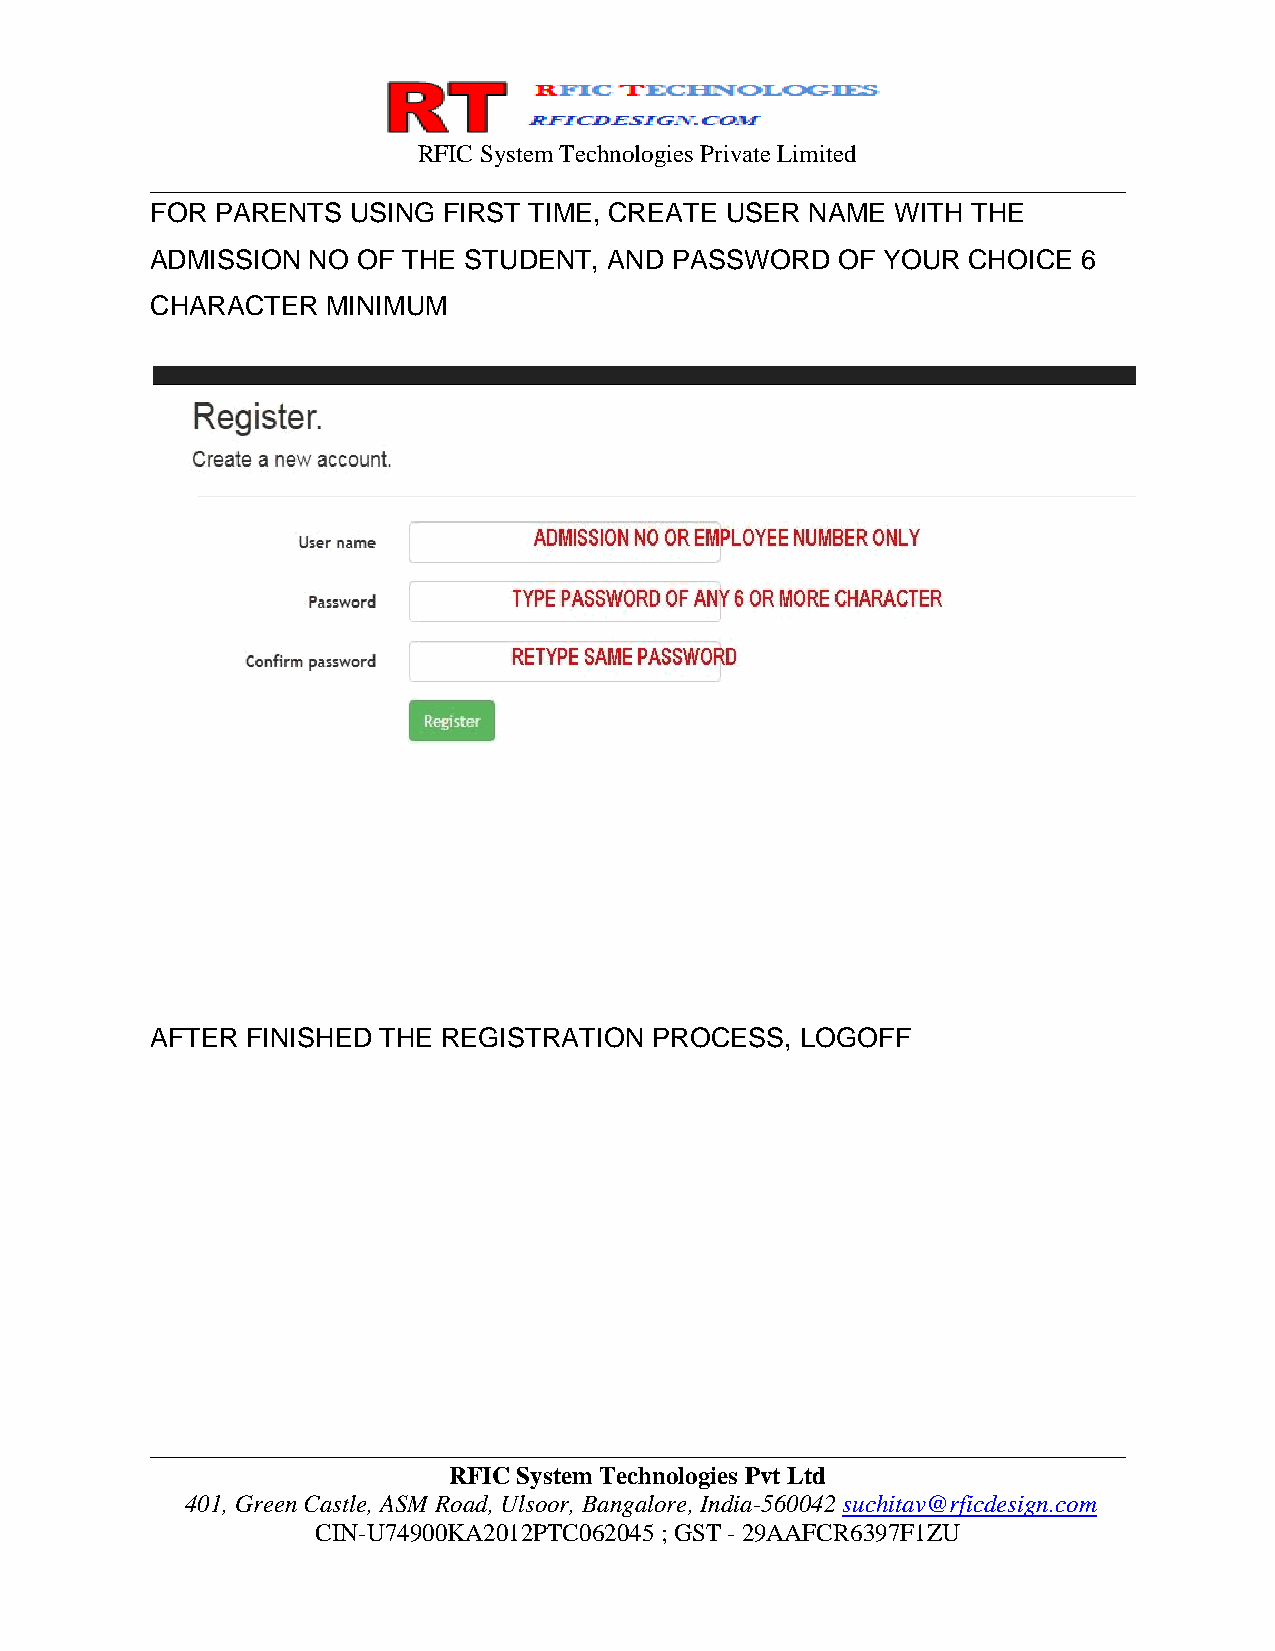
RFIC System Technologies Private Limited
 ______________________________________________________________________________
 FOR PARENTS  USING FIRST TIME, CREATE USER  NAME WITH THE
 ADMISSION NO  OF THE STUDENT, AND PASSWORD   OF YOUR  CHOICE  6
 CHARACTER   MINIMUM
 AFTER FINISHED THE REGISTRATION  PROCESS,  LOGOFF
 ______________________________________________________________________________
 RFIC System Technologies Pvt Ltd
 401, Green Castle, ASM Road, Ulsoor, Bangalore, India-560042 suchitav@rficdesign.com
 CIN-U74900KA2012PTC062045 ; GST - 29AAFCR6397F1ZU